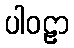
ပါဝဠာ